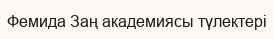
Фемида Заң академиясы түлектері